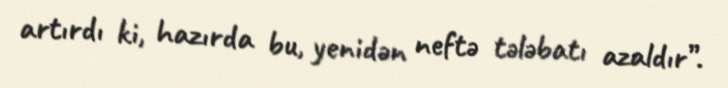
artırdı ki, hazırda bu, yenidən neftə tələbatı azaldır”.